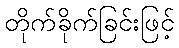
တိုက်ခိုက်ခြင်းဖြင့်